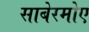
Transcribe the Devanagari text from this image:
साबेरमोए